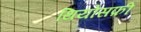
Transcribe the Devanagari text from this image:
थियोसफ़ी